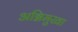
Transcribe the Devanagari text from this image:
अग्निमुखा